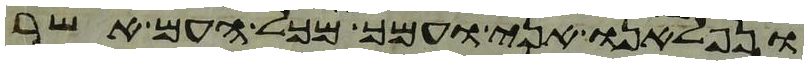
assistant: ונפלאנו אני ועמך מכל העם אשר